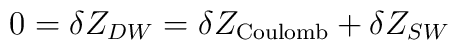
0 = \delta Z_{DW} = \delta Z_{\rm Coulomb} + \delta Z_{SW}